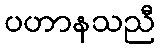
ပဟာနသညီ